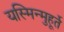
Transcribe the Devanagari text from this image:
यस्मिन्मुहूर्ते